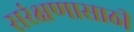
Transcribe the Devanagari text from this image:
सरंक्षणासाठी